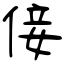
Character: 倿